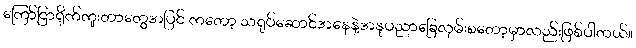
ကြော်ငြာရိုက်ကူးတာတွေအပြင် ကတော့ သရုပ်ဆောင်အနေနဲ့အနုပညာခြေလှမ်းစတော့မှာလည်းဖြစ်ပါတယ်။